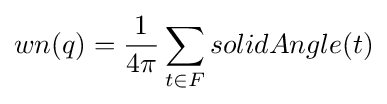
wn(q)={\frac {1}{4\pi }}\sum _{t\in F}solidAngle(t)